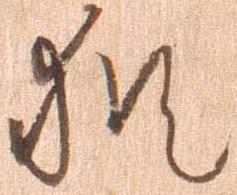
猶